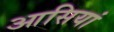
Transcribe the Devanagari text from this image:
आसियां